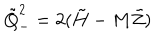
\tilde { Q } _ { - } ^ { 2 } = 2 ( \tilde { H } - M \tilde { Z } )